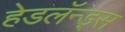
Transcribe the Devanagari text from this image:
हेडलॅन्ड्‌स